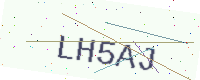
Text: LH5AJ